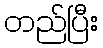
တည်ပြီး